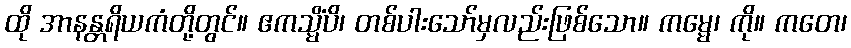
ထို အာနန္တရိယကံတို့တွင်။ ဧကသ္မိံပိ၊ တစ်ပါးသော်မှလည်းဖြစ်သော။ ကမ္မေ၊ ကို။ ကတေ၊